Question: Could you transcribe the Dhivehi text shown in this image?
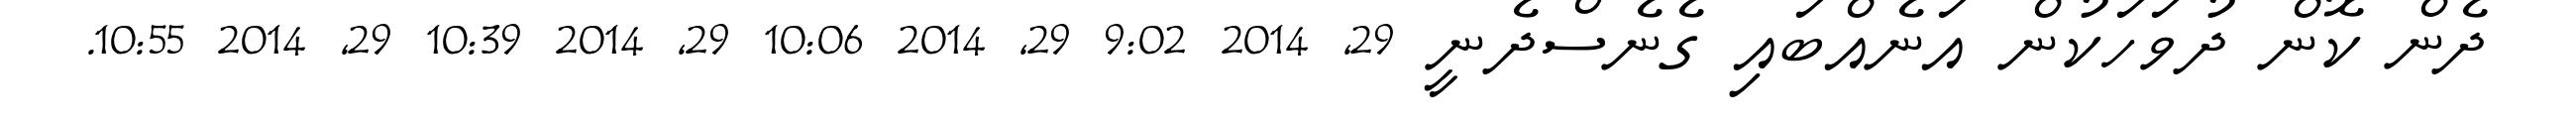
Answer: ދެން ކޮން ދުވަހަކުން އަނެއްބައި ގެނެސްދެނީ 29, 2014 9:02 29, 2014 10:06 29, 2014 10:39 29, 2014 10:55.